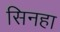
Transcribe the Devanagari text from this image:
सिनहा